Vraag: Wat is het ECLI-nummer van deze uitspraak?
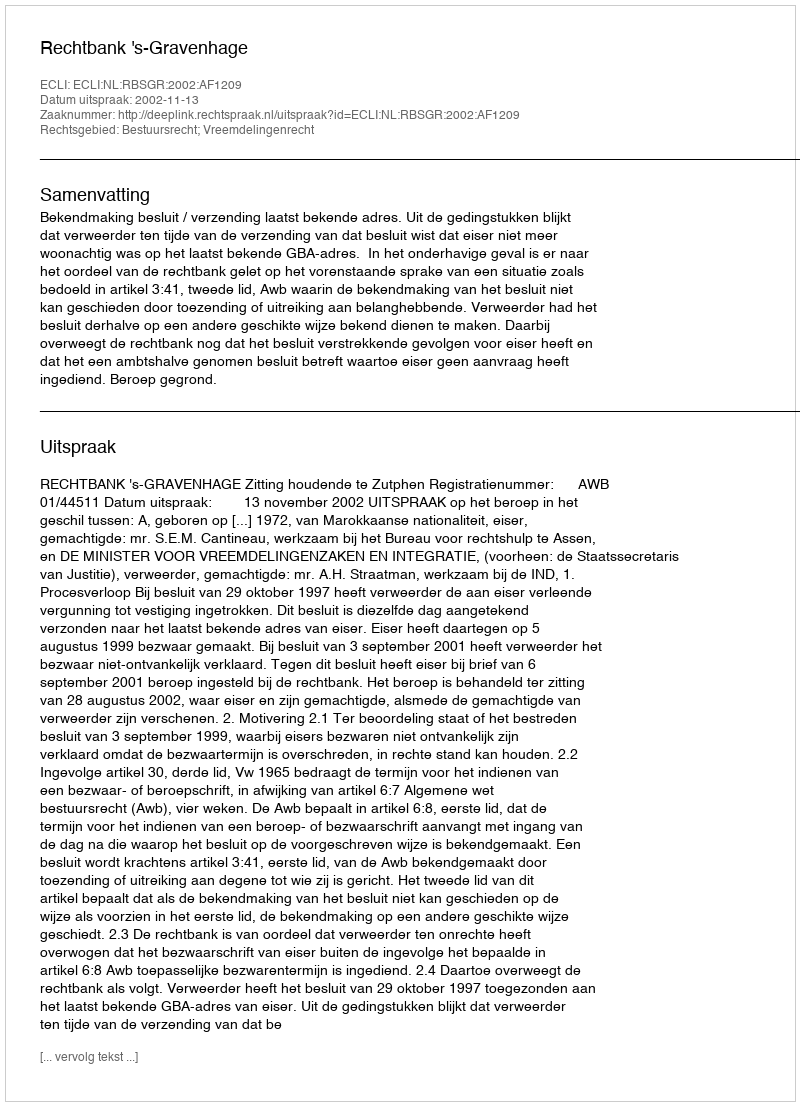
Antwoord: ECLI:NL:RBSGR:2002:AF1209